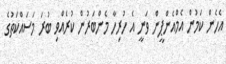
އެހެން ކަމުން އެމްއެންޕީން ވަނީ އެ ހުރިހާ މެންބަރުން ކުރެއްވި ބުރަ މަސައްކަތުގެ